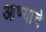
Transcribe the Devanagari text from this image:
आण्याचे